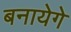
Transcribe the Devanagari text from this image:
बनायेगे